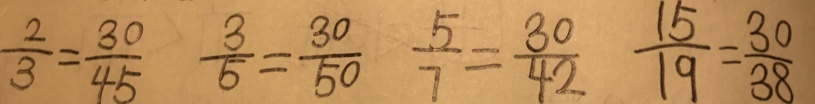
\frac { 2 } { 3 } = \frac { 3 0 } { 4 5 } \frac { 3 } { 5 } = \frac { 3 0 } { 5 0 } \frac { 5 } { 7 } = \frac { 3 0 } { 4 2 } \frac { 1 5 } { 1 9 } = \frac { 3 0 } { 3 8 }